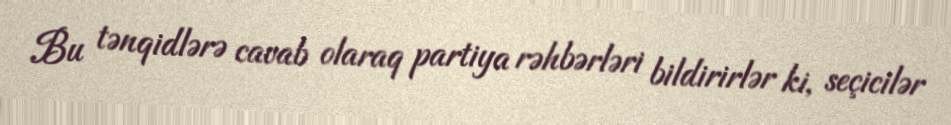
Bu tənqidlərə cavab olaraq partiya rəhbərləri bildirirlər ki, seçicilər